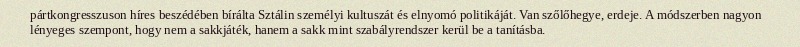
pártkongresszuson híres beszédében bírálta Sztálin személyi kultuszát és elnyomó politikáját. Van szőlőhegye, erdeje. A módszerben nagyon lényeges szempont, hogy nem a sakkjáték, hanem a sakk mint szabályrendszer kerül be a tanításba.